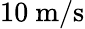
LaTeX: \mathrm{10~m/s}